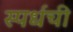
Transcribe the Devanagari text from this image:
स्पर्धची